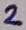
Text: 2